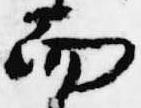
而